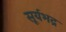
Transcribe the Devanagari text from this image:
सूर्यभद्र